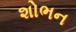
શોભન